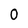
Character: 0